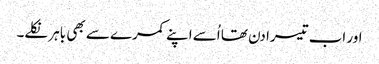
اور اب تیسرا دن تھا اُسے اپنے کمرے سے بھی باہر نکلے۔